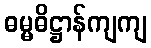
ဓမ္မဓိဋ္ဌာန်ကျကျ